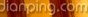
dianping.com